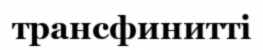
трансфинитті